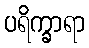
ပရိက္ခာရာ